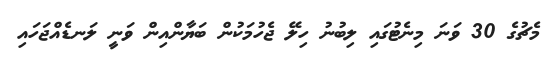
މެޗުގެ 30 ވަނަ މިނެޓުގައި ލިބުނު ހިލޭ ޖެހުމަކުން ބަޔާންއިން ވަނީ ލަނޑެއްޖަހައި